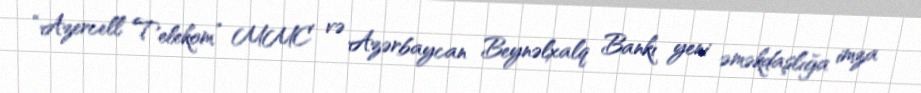
“Azercell Telekom” MMC və Azərbaycan Beynəlxalq Bankı yeni əməkdaşlığa imza